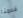
قدمنا